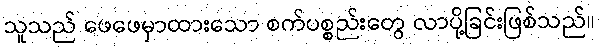
သူသည် ဖေဖေမှာထားသော စက်ပစ္စည်းတွေ လာပို့ခြင်းဖြစ်သည်။